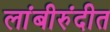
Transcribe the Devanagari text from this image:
लांबीरुंदीत